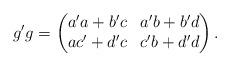
LaTeX: \begin{align*}g'g = \begin{pmatrix}a'a + b'c & a'b + b'd \\ ac' + d'c & c'b + d'd\end{pmatrix}.\end{align*}